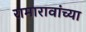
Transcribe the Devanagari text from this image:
रामारावांच्या